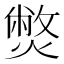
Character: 𤎨